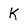
Character: K